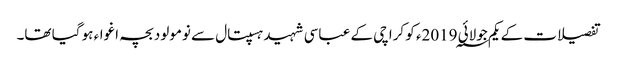
تفصیلات کے یکم جولائی 2019؁ء کو کراچی کے عباسی شہید ہسپتال سے نومولود بچہ اغواء ہو گیا تھا۔